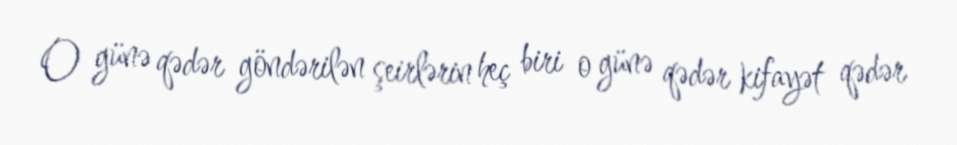
O günə qədər göndərilən şeirlərin heç biri o günə qədər kifayət qədər